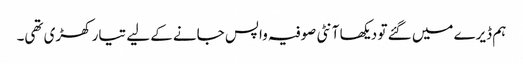
ہم ڈیرے میں گئے تو دیکھا آنٹی صوفیہ واپس جانے کے لیے تیار کھڑی تھی۔